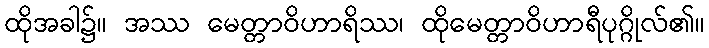
ထိုအခါ၌။ အဿ မေတ္တာဝိဟာရိဿ၊ ထိုမေတ္တာဝိဟာရီပုဂ္ဂိုလ်၏။